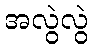
အလွဲလွဲ